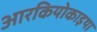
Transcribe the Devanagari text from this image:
आरकियोकाइथा